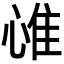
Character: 𢜐